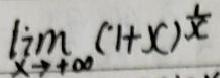
$\lim _ { x \rightarrow + \infty } ( 1 + x ) ^ { \frac { 1 } { x } }$